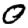
Digit: 0